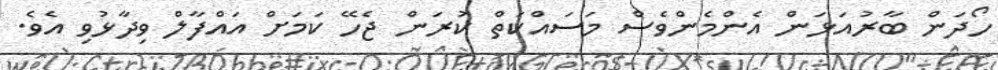
ހޯދަން ބާރުއަޅަން އެންމެންވެސް މަސައްކަތް ކުރަން ޖެހޭ ކަމަށް އައްފާލް ވިދާޅުވި އެވެ.